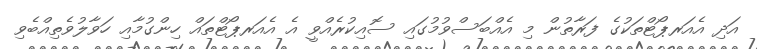
އަދި އެއަރޕޯޓްތަކުގެ ފަރާތުން މި އެއްބަަސްވުމުގައި ސޮއިކުރެއްވީ އެ އެއަރޕޯޓްތައް ހިންގުމާއި ހަވާލުވެތިއްބެވި